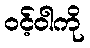
ဝင့်ဝါကို